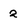
Character: 2